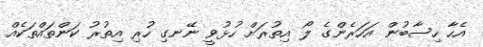
އެހާ ހިސާބުން އަހަރެންގެ ލޯ އިތުރަށް ހުޅުވީ ނޭނގި ހުރި އިތުރު ކަންތައްތަކެއް